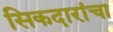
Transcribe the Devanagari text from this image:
सिकदारांचा